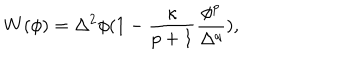
LaTeX: W ( \phi ) = \Delta ^ { 2 } \phi ( 1 - \frac { \kappa } { p + 1 } \frac { \phi ^ { p } } { \Delta ^ { q } } ) ,